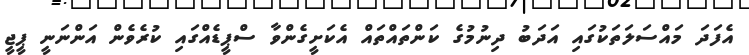
އެފަދަ މައްސަލަތަކުގައި އަދަބު ދިނުމުގެ ކަންތައްތައް އެކަށީގެންވާ ސްޕީޑެއްގައި ކުރެވެން އަންނަނީ ޕީޖީ